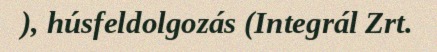
), húsfeldolgozás (Integrál Zrt.